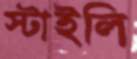
স্টাইলি